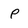
Character: p